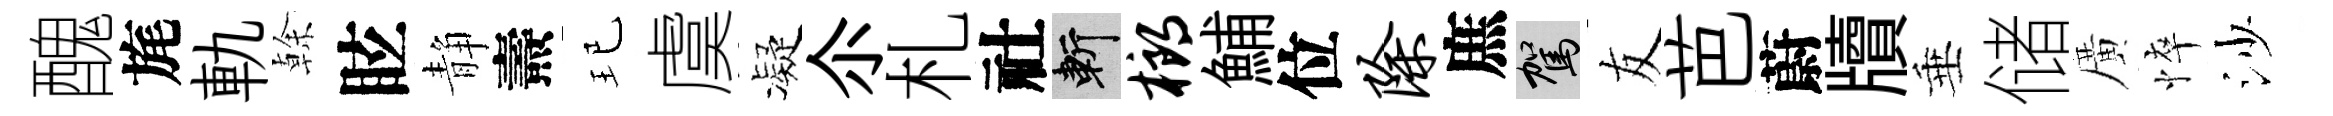
醜旄軌𠏉眩静燾玘虞凝尒札社斬榔鯆位除庶駕友芭蔚牘垂储廣悴沙